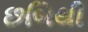
છબિથી